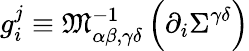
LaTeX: g_{i}^{j}\equiv\mathfrak{M}_{\alpha\beta,\gamma\delta}^{-1}\left(\partial_{i}\Sigma^{\gamma\delta}\right)